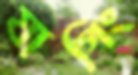
যাগিং